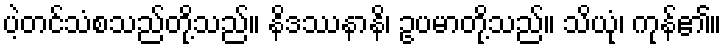
ပဲ့တင်သံစသည်တို့သည်။ နိဒဿနာနိ၊ ဥပမာတို့သည်။ သိယုံ၊ ကုန်၏။